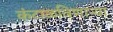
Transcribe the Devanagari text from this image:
कंटाळविणाऱ्या